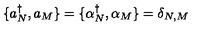
\{ a { ^ \dagger _ { N } } , a _ { M } \} = \{ \alpha { ^ \dagger _ { N } } , \alpha _ { M } \} = \delta _ { N , M }